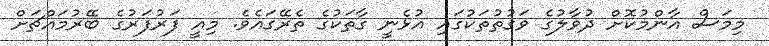
މިމަސް އާންމުކޮށް ދުވާލުގެ ވަގުތުތަކުގައި އުޅެނީ ގާތަކުގެ ތެރޭގައެވެ. މިއީ ފަރުފަރުގެ ބޭރުމައްޗަށް